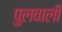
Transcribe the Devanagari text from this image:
पुलवाली